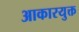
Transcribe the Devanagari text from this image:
आकारयुक्त